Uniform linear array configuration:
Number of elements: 32
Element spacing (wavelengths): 0.25
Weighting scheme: blackman
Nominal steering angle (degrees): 15
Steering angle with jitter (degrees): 14.737
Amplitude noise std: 0.05
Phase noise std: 0.05

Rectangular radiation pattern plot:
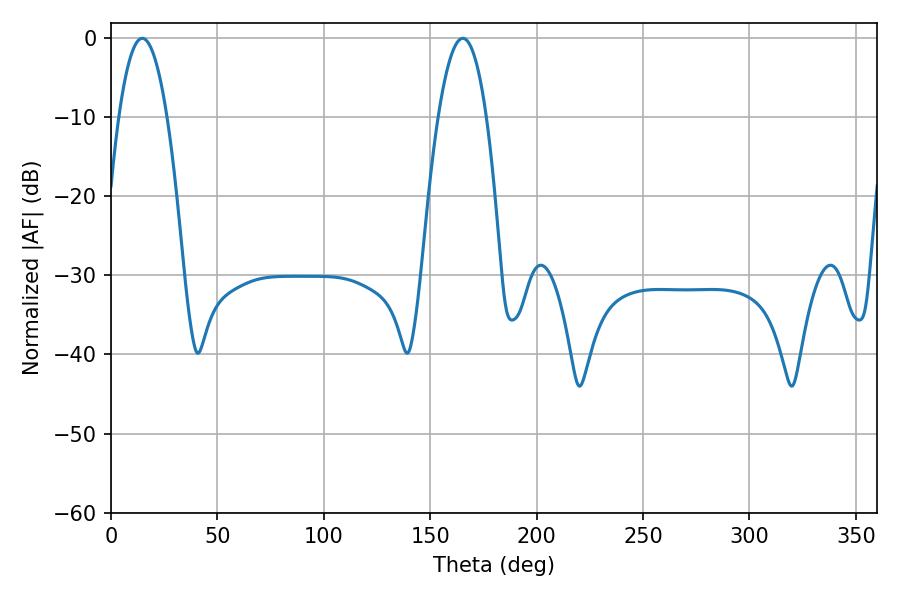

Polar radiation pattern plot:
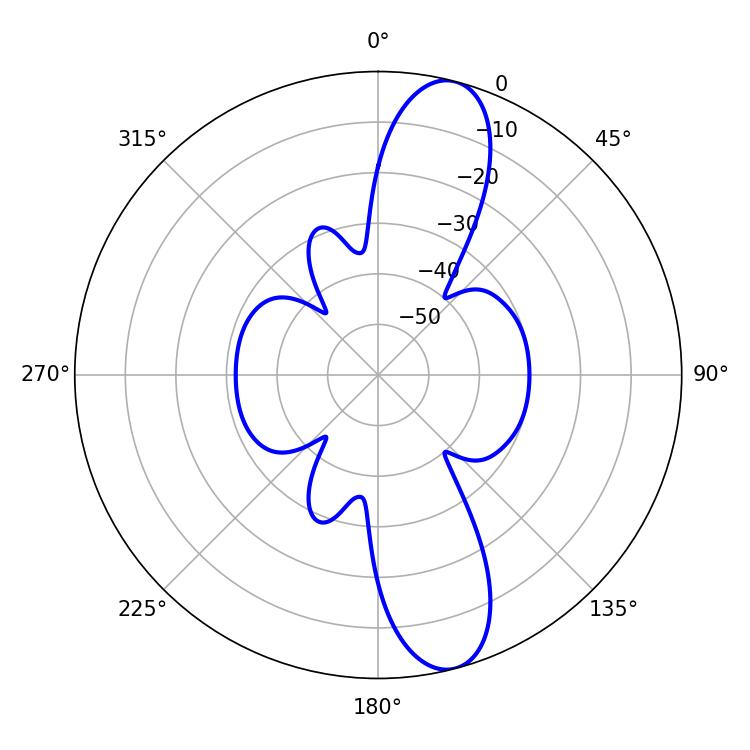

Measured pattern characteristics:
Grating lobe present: FALSE
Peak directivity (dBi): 12.241
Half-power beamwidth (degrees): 12.6
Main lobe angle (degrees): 14.76